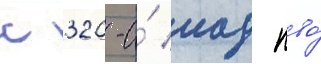
с 320-и́ иад пво́